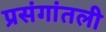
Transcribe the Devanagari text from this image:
प्रसंगांतली